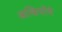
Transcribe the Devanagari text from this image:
आव्हियोंचे